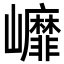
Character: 㠧